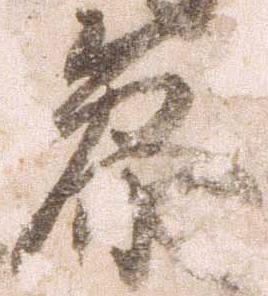
参